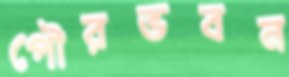
পৌরভবন